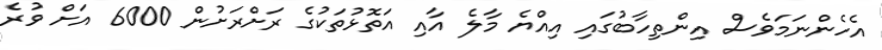
އެހެންނަމަވެސް އިންތިހާބުގައި އިއްޔެ މާލެ އާއި އަތޮޅުތަކުގެ ރަށްރަށުން 6000 އަށް ވުރެ